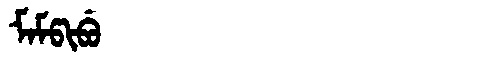
Manchu: ᠮᠠᠮᡦᡳᠪᡠ
Romanization: MAMPIBU